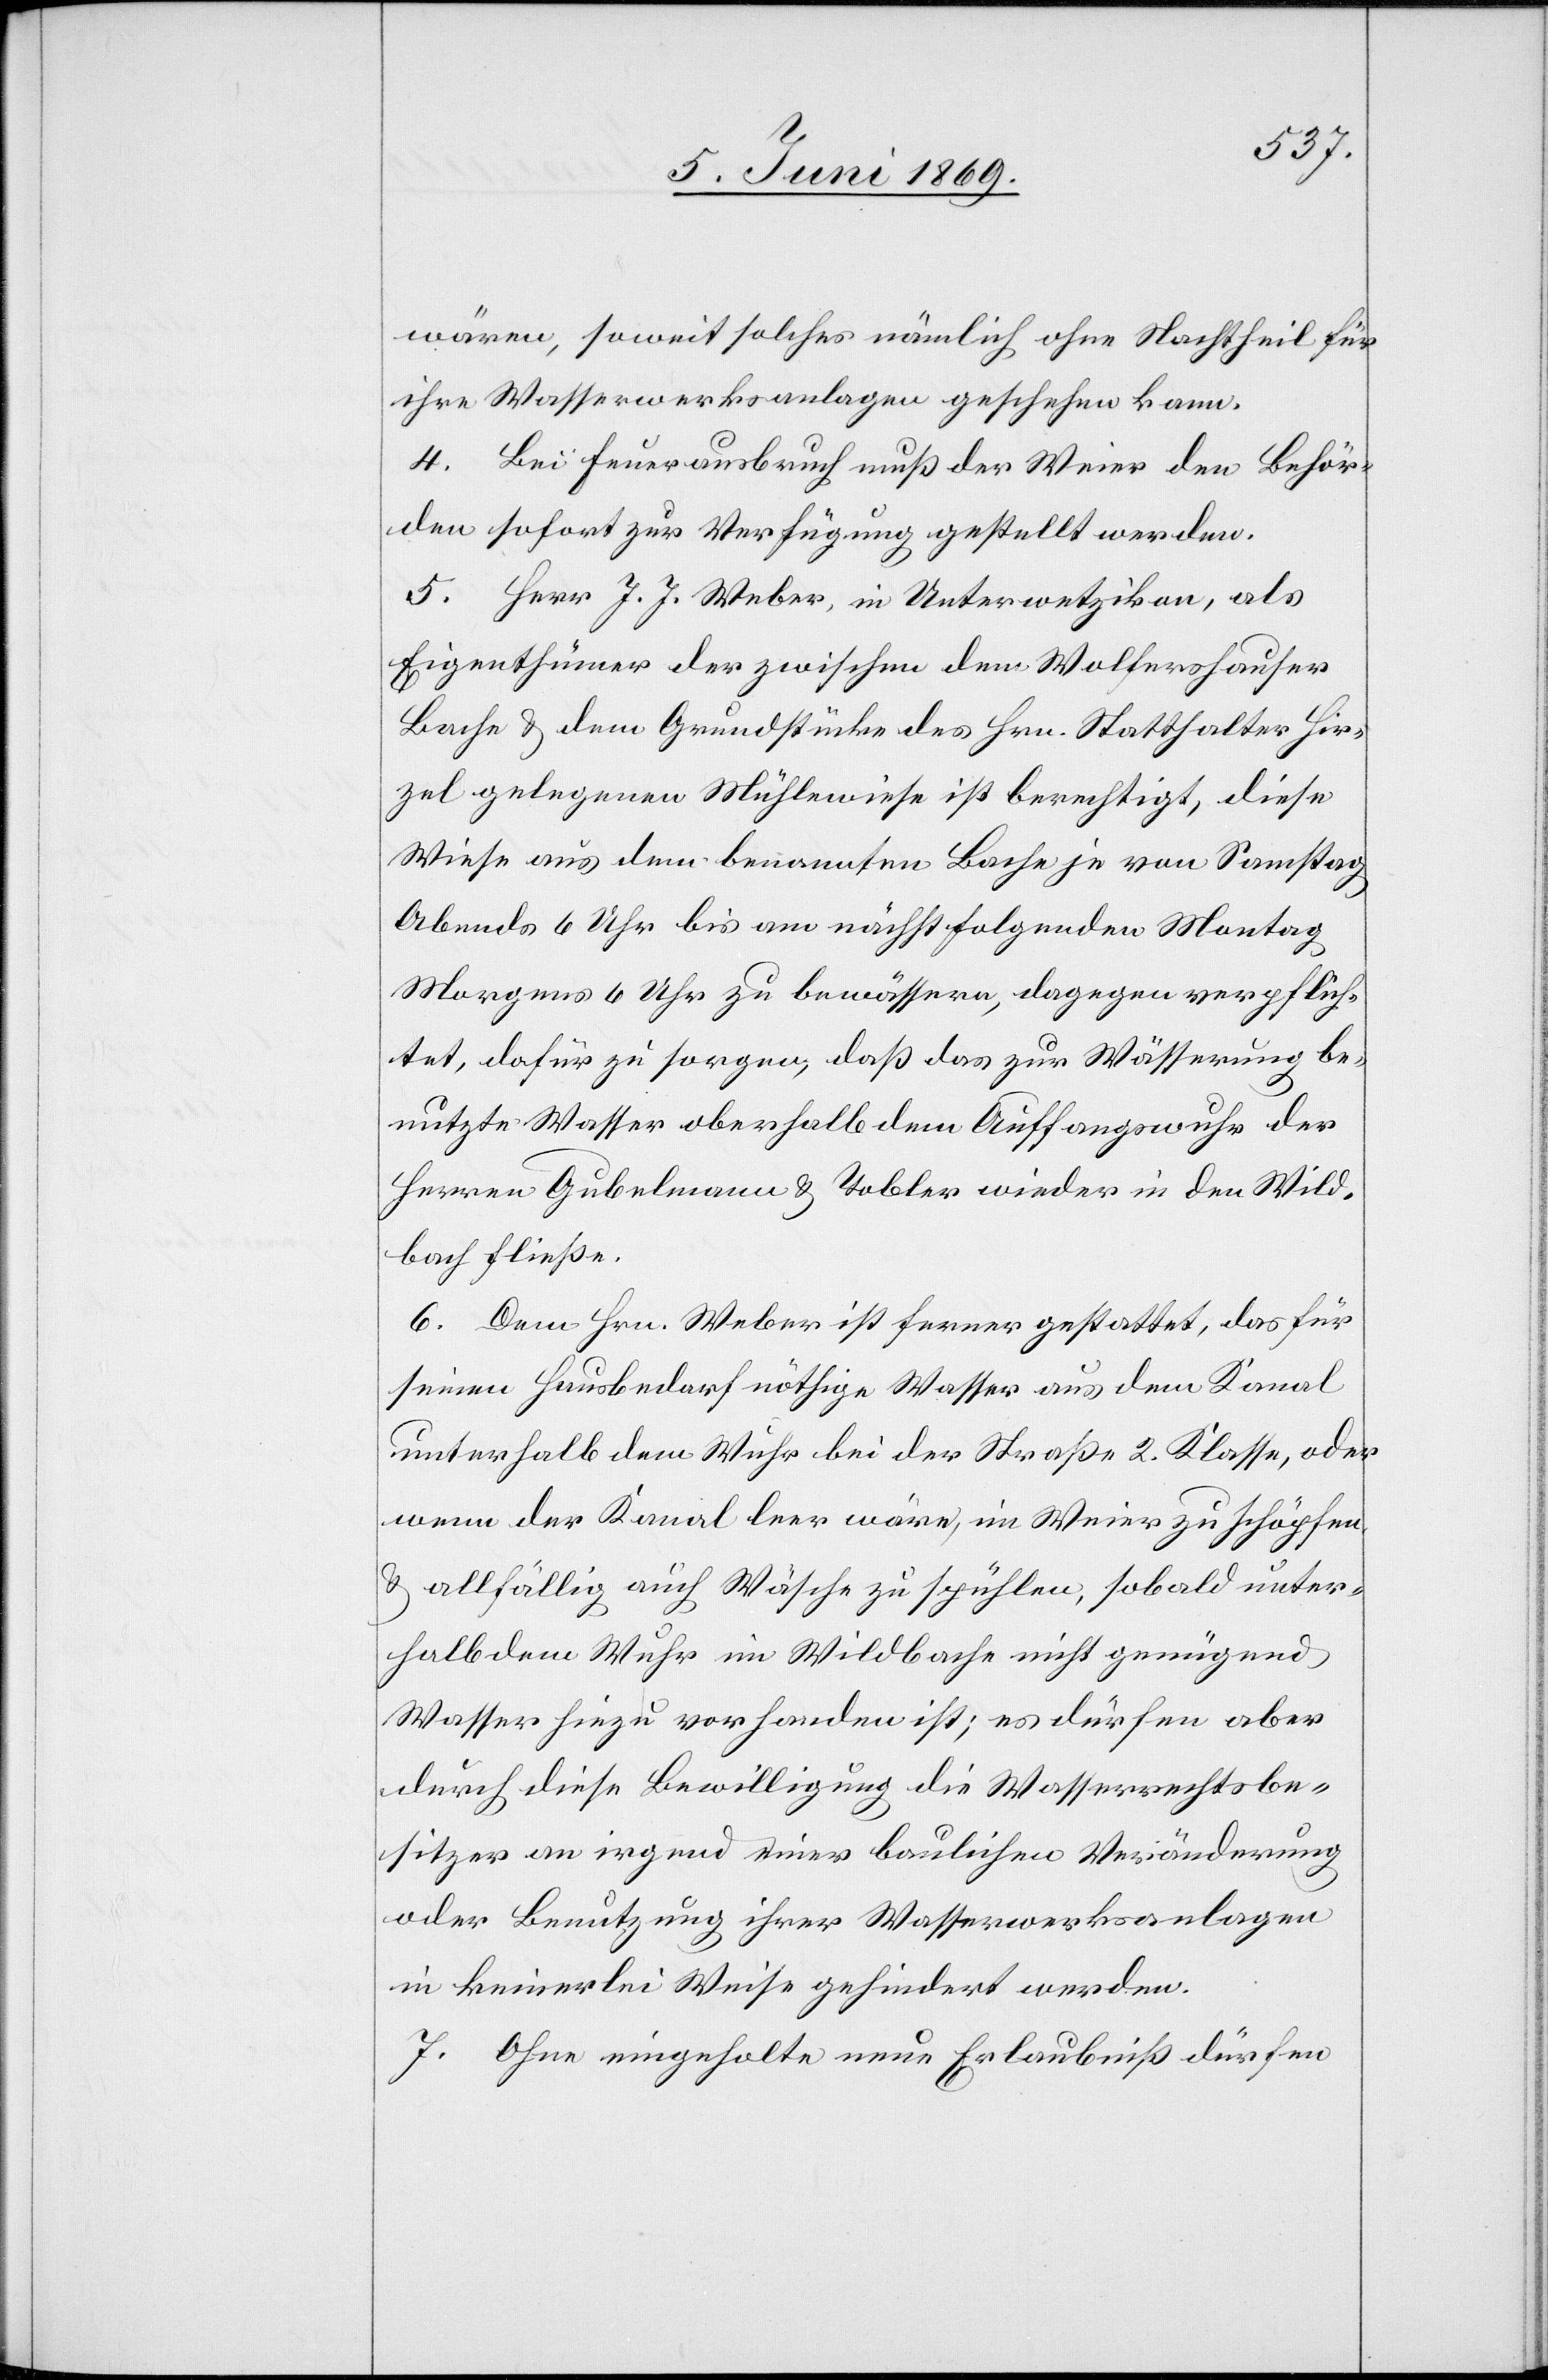
wären, soweit solches nämlich ohne Nachtheil für
ihre Wasserwerksanlagen geschehen kann.
4. Bei Feuerausbruch muß der Weier den Behör¬
den sofort zur Verfügung gestellt werden.
5. Herr J. J. Weber, in Unterwetzikon, als
Eigenthümer der zwischen dem Wolfershauser
Bache u. dem Grundstücke des Hrn. Statthalter Hir¬
zel gelegenen Mühlenwiese ist berechtigt, diese
Wiese aus dem benannten Bache je vom Samstag
Abends 6 Uhr bis am nächstfolgenden Montag
Morgens 6 Uhr zu bewässern, dagegen verpflich¬
tet, dafür zu sorgen, daß das zur Wässerung be¬
nutzte Wasser oberhalb dem Auffangswuhr der
Herren Gubelmann u. Tobler wieder in den Wild¬
bach fließe.
6. Dem Hrn. Weber ist ferner gestattet, das für
seinen Hausbedarf nöthige Wasser aus dem Kanal
unterhalb dem Wuhr bei der Straße 2 Klasse, oder
wenn der Kanal leer wäre, im Weier zu schöpfen,
u. allfällig auch Wäsche zu spühlen, sobald unter¬
halb dem Wuhr im Wildbache nicht genügend
Wasser hiezu vorhanden ist; es dürfen aber
durch diese Bewilligung die Wasserrechtsbe¬
sitzer an irgend einer baulichen Veränderung
oder Benutzung ihrer Wasserwerksanlagen
in keinerlei Weise gehindert werden.
7. Ohne eingeholte neue Erlaubniß dürfen